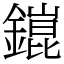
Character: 𨬌